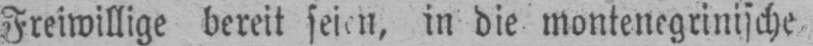
in die montenegrinische